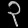
Digit: ၃